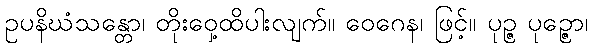
ဥပနိဃံသန္တော၊ တိုးဝှေ့ထိပါးလျက်။ ဝေဂေန၊ ဖြင့်။ ပုဉ္ဇ ပုဉ္ဇော၊